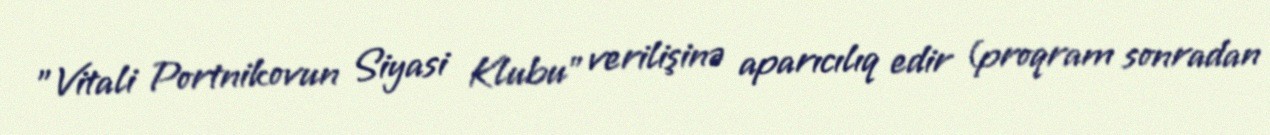
"Vitali Portnikovun Siyasi Klubu" verilişinə aparıcılıq edir (proqram sonradan